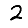
Digit: 2